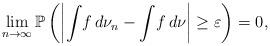
LaTeX: \begin{align*}\lim_{n\to\infty}\mathbb{P}\left(\left|\int\!f\,d\nu_n-\int\!f\,d\nu\right|\geq\varepsilon\right)=0,\end{align*}